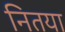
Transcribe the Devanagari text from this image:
नितया